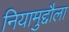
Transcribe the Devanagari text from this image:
नियामुद्दौला